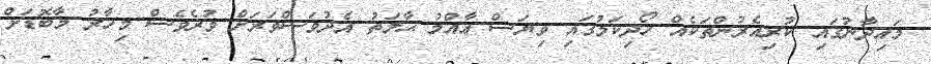
މައިދާނުގައި ކުރިއެރުންތަކެއް ހޯދިކަމުގައި ވިޔަސް ޢާއްމު ޙާލަތު އެދުވަސްވަރަށް ވުރެވެސް މިހާރު މާބޮޑަށް